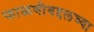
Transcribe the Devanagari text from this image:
फाळणीबद्दलच्या